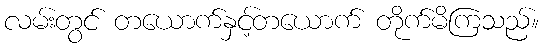
လမ်းတွင် တယောက်နှင့်တယောက် တိုက်မိကြသည်။